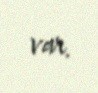
var.